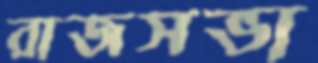
রাজসভা